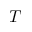
T